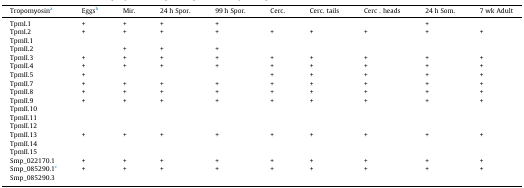
| Tropomyosina | Eggsb | Mir. | 24 h Spor. | 99 h Spor. | Cerc. | Cerc. tails | Cerc . heads | 24 h Som. | 7 wk Adult |
 | --- | --- | --- | --- | --- | --- | --- | --- | --- | --- |
 | TpmI.1 | + | + | + | + |  |  |  | + |  |
 | TpmI.2 | + | + | + | + | + | + | + | + | + |
 | TpmII.1 |  |  |  |  |  |  |  |  |  |
 | TpmII.2 |  | + | + | + |  |  |  |  |  |
 | TpmII.3 | + | + | + | + | + | + | + | + | + |
 | TpmII.4 | + | + | + | + | + | + | + | + | + |
 | TpmII.5 | + |  |  |  | + | + | + | + | + |
 | TpmII.7 | + | + | + | + | + | + | + | + | + |
 | TpmII.8 | + | + | + | + | + | + | + | + | + |
 | TpmII.9 | + | + | + | + | + | + | + | + | + |
 | TpmII.10 |  |  |  |  |  |  |  |  |  |
 | TpmII.11 |  |  |  |  |  |  |  |  |  |
 | TpmII.12 |  |  |  |  |  |  |  |  |  |
 | TpmII.13 | + | + | + | + | + | + | + | + | + |
 | TpmII.14 |  |  |  |  |  |  |  |  |  |
 | TpmII.15 |  |  |  |  |  |  |  |  |  |
 | Smp_022170.1 | + | + | + | + | + | + | + | + | + |
 | Smp_085290.1c | + | + | + | + | + | + | + | + | + |
 | Smp_085290.3 |  |  |  |  |  |  |  |  |  |